Proceedings of the meeting of veterinary officers in India
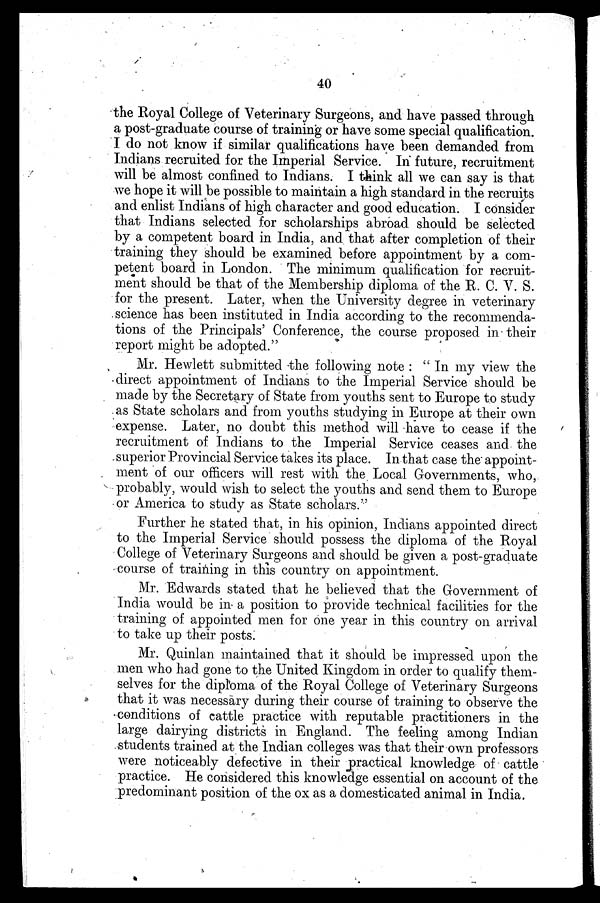
40
the Royal College of Veterinary Surgeons, and have passed through
a post-graduate course of training or have some special qualification.
I do not know if similar qualifications have been demanded from
Indians recruited for the Imperial Service. In future, recruitment
will be almost confined to Indians. I think all we can say is that
we hope it will be possible to maintain a high standard in the recruits
and enlist Indians of high character and good education. I consider
that Indians selected for scholarships abroad should be selected
by a competent board in India, and that after completion of their
training they should be examined before appointment by a com-
petent board in London. The minimum qualification for recruit-
ment should be that of the Membership diploma of the R. C. V. S.
for the present. Later, when the University degree in veterinary
science has been instituted in India according to the recommenda-
tions of the Principals' Conference, the course proposed in their
report might be adopted."
Mr. Hewlett submitted the following note: "In my view the
direct appointment of Indians to the Imperial Service should be
made by the Secretary of State from youths sent to Europe to study
as State scholars and from youths studying in Europe at their own
expense. Later, no doubt this method will have to cease if the
recruitment of Indians to the Imperial Service ceases and the
superior Provincial Service takes its place. In that case the appoint-
ment of our officers will rest with the Local Governments, who,
probably, would wish to select the youths and send them to Europe
or America to study as State scholars."
Further he stated that, in his opinion, Indians appointed direct
to the Imperial Service should possess the diploma of the Royal
College of Veterinary Surgeons and should be given a post-graduate
course of training in this country on appointment.
Mr. Edwards stated that he believed that the Government of
India would be in a position to provide technical facilities for the
training of appointed men for one year in this country on arrival
to take up their posts.
Mr. Quinlan maintained that it should be impressed upon the
men who had gone to the United Kingdom in order to qualify them-
selves for the diploma of the Royal College of Veterinary Surgeons
that it was necessary during their course of training to observe the
conditions of cattle practice with reputable practitioners in the
large dairying districts in England. The feeling among Indian
students trained at the Indian colleges was that their own professors
were noticeably defective in their practical knowledge of cattle
practice. He considered this knowledge essential on account of the
predominant position of the ox as a domesticated animal in India.